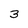
Character: 3